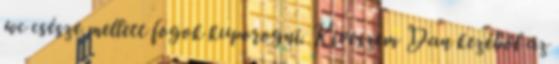
wc csésze mellett fogok kuporogni. Kiveszem Dan kezéből az